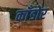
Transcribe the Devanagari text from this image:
काँडोर